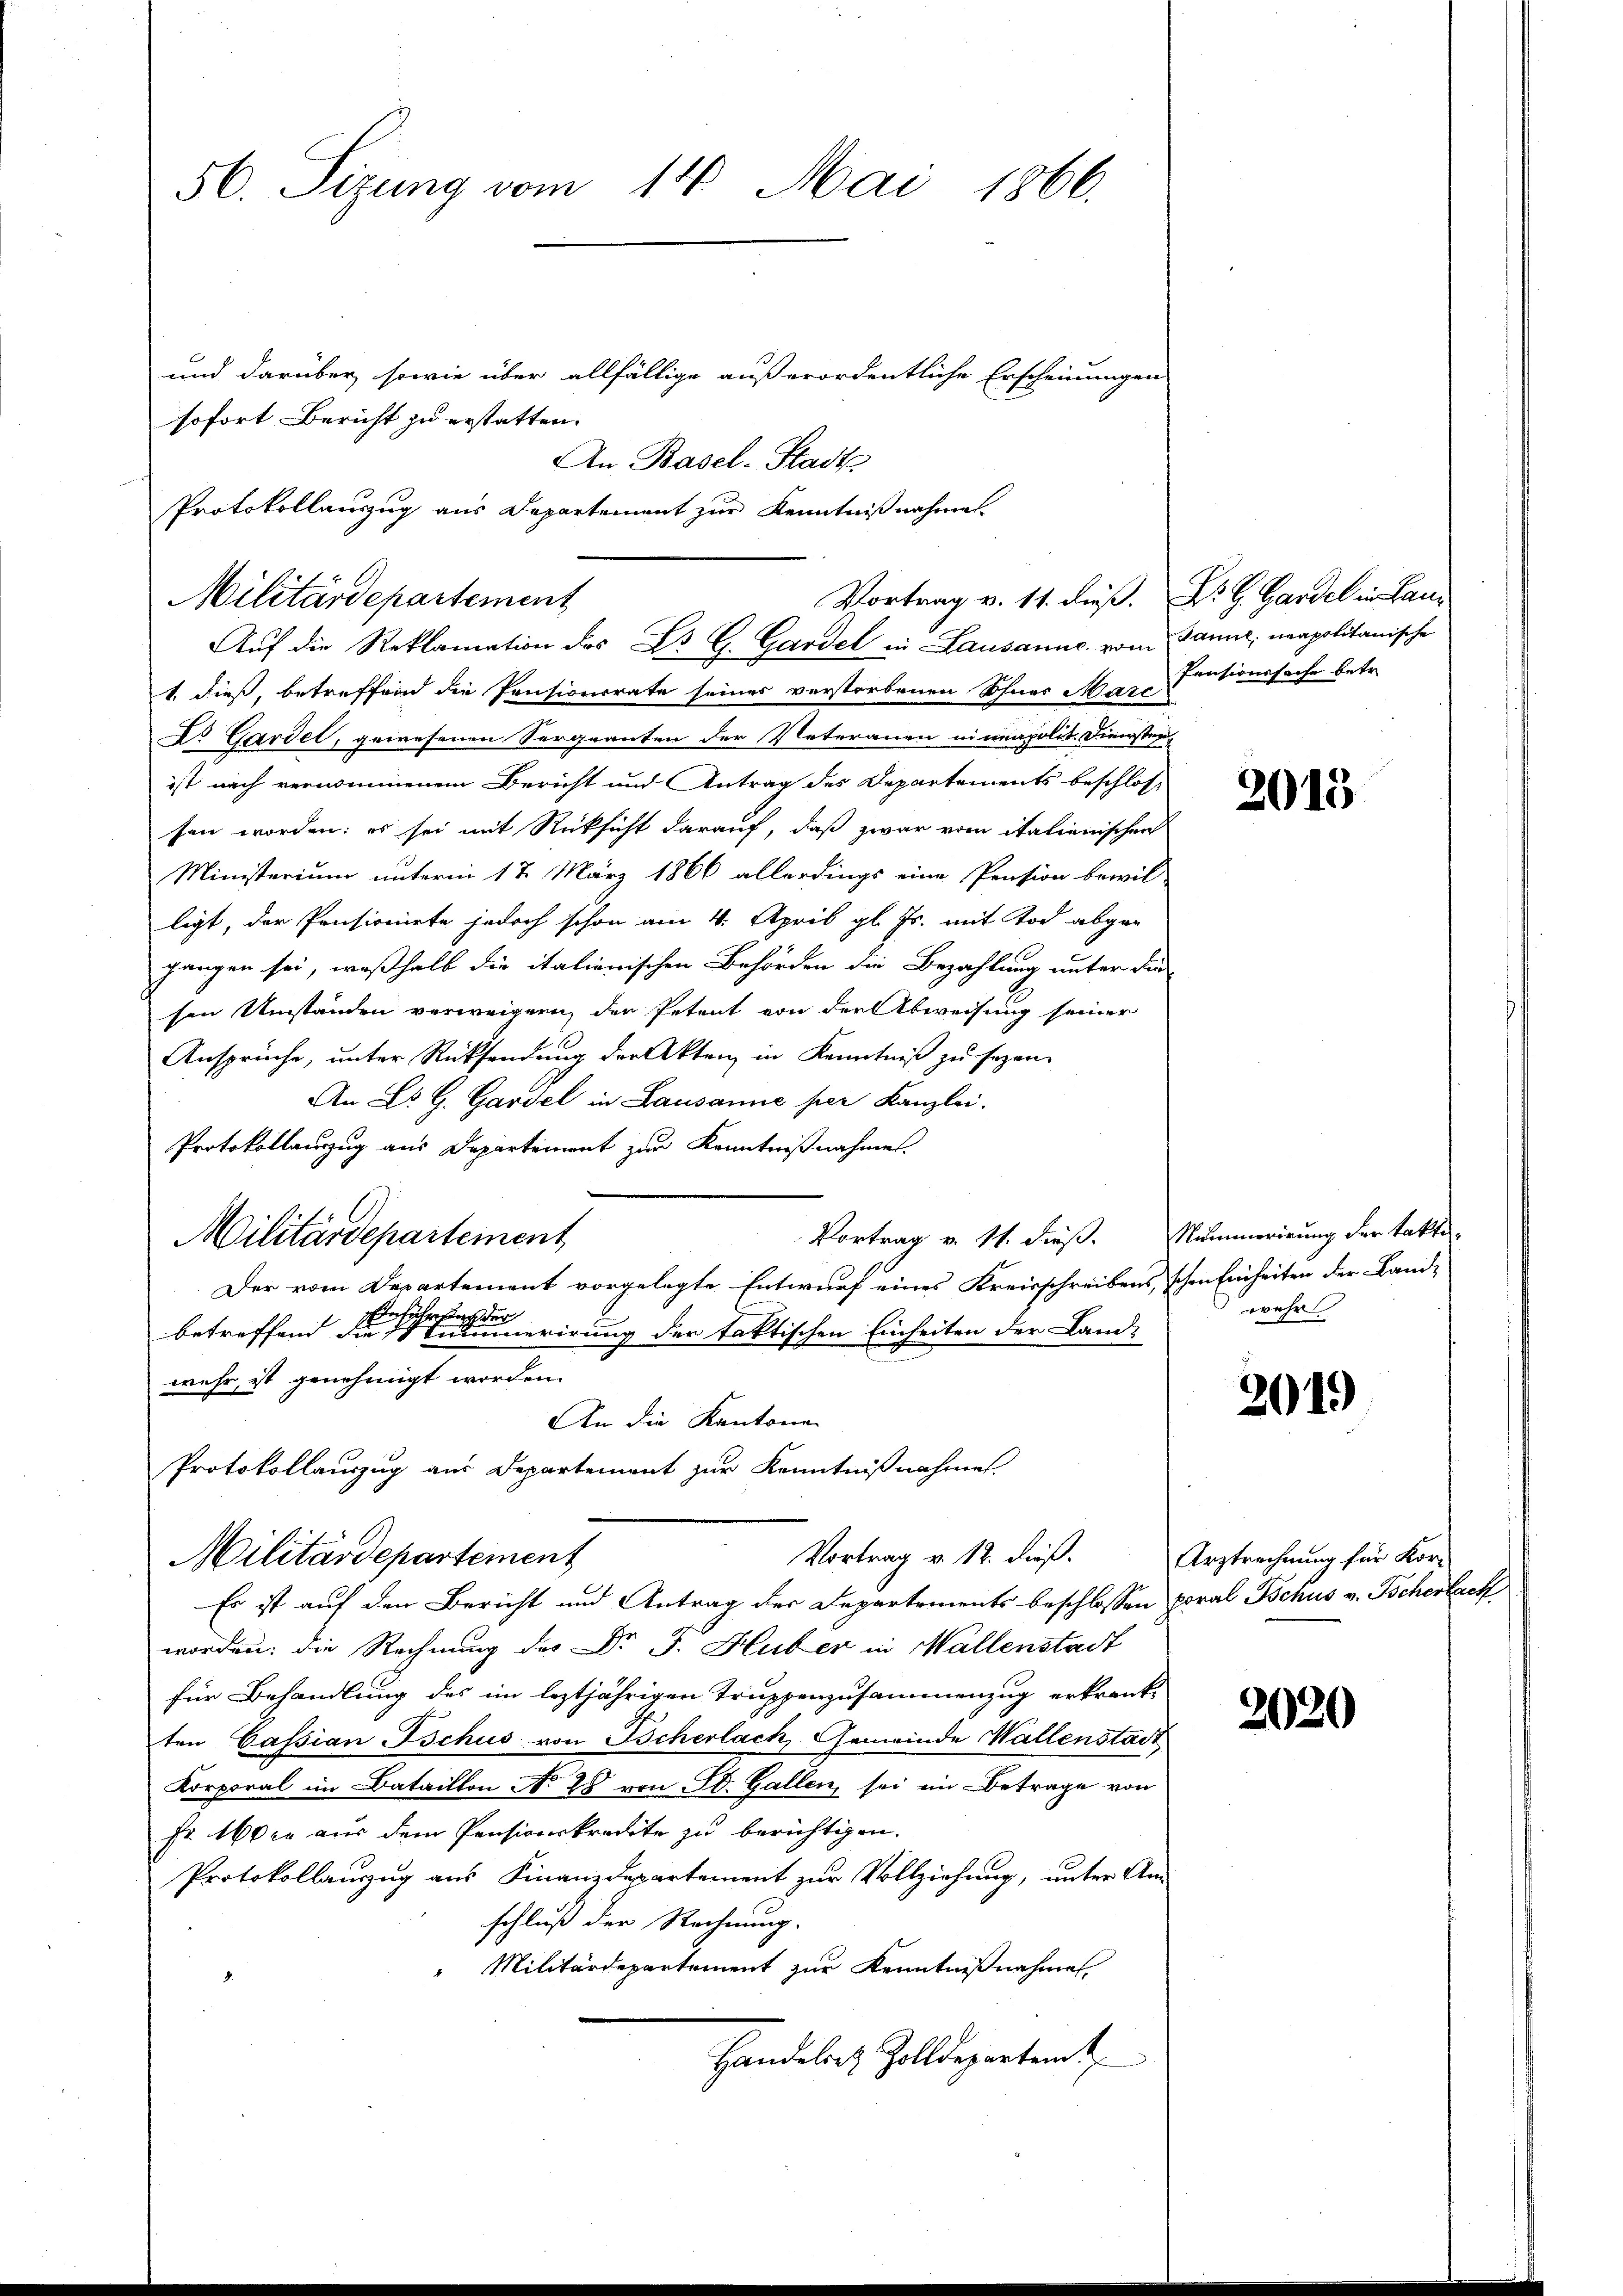
56. Sizung vom 14. Mai 1866.

und darüber sowie über allfällige außerordentliche Erscheinungen
sofort Bericht zu erstatten.
An Basel-Stadt
1. dieß, betreffend die Pensionsrate seines verstorbenen Schner Marc
Dr Gardel, gewesenen Serquanten der Veteranen in unapolit. Diensten
ist nach vernommenem Bericht und Antrag des Departements beschlos-
sen worden: es sei mit Rücksicht darauf, daß zwar vom italienischen
Ministerium unterm 17. März 1866 allerdings eine Pension bewil-
ligt, der Pensionirte jedoch schon am 4. April gl. Js. mit Tod abgegangen sei, weßhalb die italienischen Behörden die Bezahlung unter die
sen Umständen verweigern, der Petent von der Abweisung seiner
Ansprüche, unter Rücksendung der Akten in Kenntniß zu sezen.
An Dr G. Gardel in Lausanne per Kanzlei.
Protokollauszug aus Departement zur Kenntnißnahme.
Vortrag v. 11. dieß.
Militärdepartement
Der vom Departement vorgelegte Entwurf eines Kreisschreibens, schon Einheiten der Landbetreffend die einerirung der faktischen Einheiten der Land-
wehr, ist genehmigt worden.
An die Kantone
Protokollauszug aus Departement zur Kenntnißnahmen
Vortrag v. 12. dieß.
Militärdepartement
Es ist auf den Bericht und Antrag der Departements beschlossen poral Bchus v. Tscherlach
worden; die Rechnung des Dr J. Huber in Mallenstadt
für Behandlung des im leztjährigen Truppenzusammenzug erkrank-
ten Cassian Bschus von Bcherlach, Gemeinde Wallenstadt
Korporal im Bataillon No 25 von St. Gallen, sei im Betrage von
Fr. 160 c. aus dem Pensionskredite zu berichtigen.
Protokollauszug aus Finanzdepartement zur Vollziehung, unter Anschluß der Rechnung.
Militärdepartement zur Kenntnißnahme
Handelt Zolldepartemt

Protokollauszug aus Departement zur Kenntnißnahmen.
Vortrag v. 11. dieß. D. R. Gardel in Lan¬
Militärdepartement
Auf die Reklamation des Dr G. Gardel in Lausanne vom

Janne neapolitanische
Pensionssache betr.

2015

Nummerirung der takti-
wehr

2019

Arztrechnung für Kor¬

2020